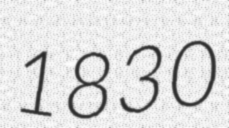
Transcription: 1830